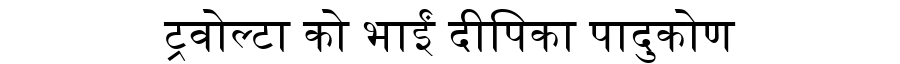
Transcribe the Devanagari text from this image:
ट्रवोल्टा को भाईं दीपिका पादुकोण